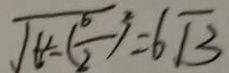
\sqrt { 6 ^ { 2 } - ( \frac { 6 } { 2 } ) ^ { 2 } } = 6 \sqrt { 3 }